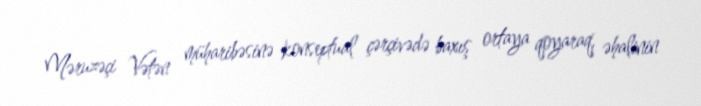
Məruzəçi Vətən müharibəsinə konseptual çərçivədə baxış ortaya qoyaraq, əhalinin